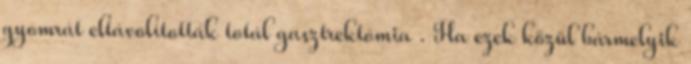
gyomrát eltávolították totál gasztrektómia . Ha ezek közül bármelyik